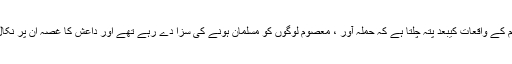
عموما اس قسم کے واقعات کیبعد پتہ چلتا ہے کہ حملہ آور ، معصوم لوگوں کو مسلمان ہونے کی سزا دے رہے تھے اور داعش کا غصہ ان پر نکال رہے تھے ۔